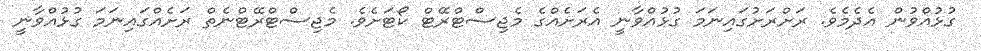
ގުޅުއްވުން އެދެމެވެ. ރަށްރަށުގައިނަމަ ގުޅުއްވާނީ އެރަށެއްގެ މެޖިސްޓްރޭޓް ކޯޓަށެވެ. މެޖިސްޓްރޭޓްނެތް ރަށެއްގައިނަމަ ގުޅުއްވާނީ